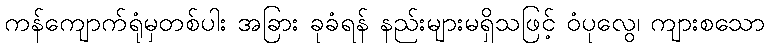
ကန်ကျောက်ရုံမှတစ်ပါး အခြား ခုခံရန် နည်းများမရှိသဖြင့် ဝံပုလွေ၊ ကျားစသော